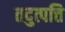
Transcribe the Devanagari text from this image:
तदुत्पत्ति